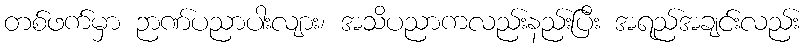
တစ်ဖက်မှာ ဉာဏ်ပညာပါးလျား၊ အသိပညာကလည်းနည်းပြီး အရည်အချင်းလည်း